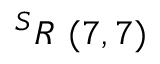
^ { S } R \ ( 7 , 7 )